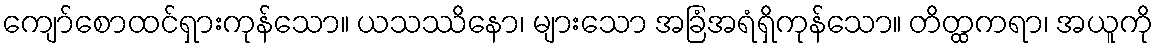
ကျော်စောထင်ရှားကုန်သော။ ယသဿိနော၊ များသော အခြံအရံရှိကုန်သော။ တိတ္ထကရာ၊ အယူကို